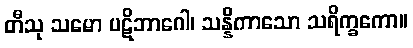
တီသု သမော ပဋိဘာဂေါ၊ သန္နိကာသော သရိက္ခကော။